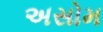
અસોમ